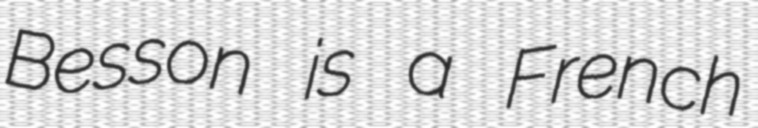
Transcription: Besson is a French